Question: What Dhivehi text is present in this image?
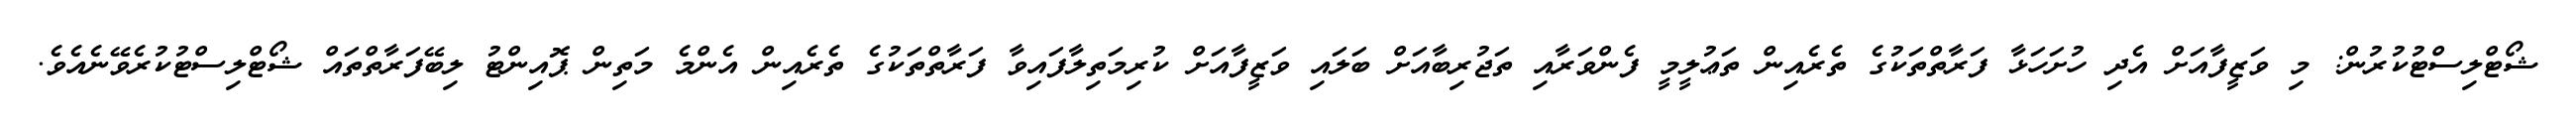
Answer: ޝޯޓްލިސްޓުކުރުން: މި ވަޒީފާއަށް އެދި ހުށަހަޅާ ފަރާތްތަކުގެ ތެރެއިން ތަޢުލީމީ ފެންވަރާއި ތަޖުރިބާއަށް ބަލައި ވަޒީފާއަށް ކުރިމަތިލާފައިވާ ފަރާތްތަކުގެ ތެރެއިން އެންމެ މަތިން ޕޮއިންޓު ލިބޭފަރާތްތައް ޝޯޓްލިސްޓުކުރެވޭނެއެވެ.